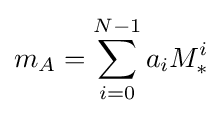
m_{A}=\sum _{i=0}^{N-1}{a_{i}M_{*}^{i}}